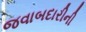
જવાબદારીની